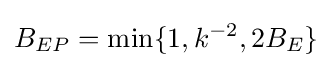
B_{EP}=\min\{1,k^{-2},2B_{E}\}